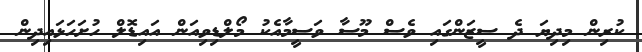
ކުރިން މިދިޔަ ދެ ސީޒަންގައި ވެސް މޫސާ ވަސީމާއެކު މޯލްޑިވިއަން އައިޑޮލް ހުށަހަޅައިދިން